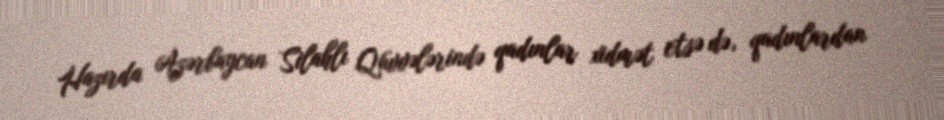
Hazırda Azərbaycan Silahlı Qüvvələrində qadınlar xidmət etsə də, qadınlardan